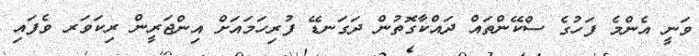
ވަނީ އެންމެ ފަހުގެ ސްކޭންތައް ދައްކާގޮތުން ދަގަނޑޭ ފުރިހަމައަށް އިންޖަރީން ރިކަވަރ ވެފައި